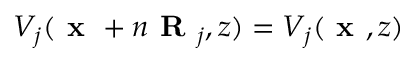
V _ { j } ( \textbf { x } + n \textbf { R } _ { j } , z ) = V _ { j } ( \textbf { x } , z )